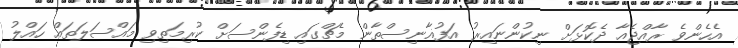
އެހެންވެ ރާއްޖެއާ ދެކޮޅަށް ނިކުންނައިރު އަފުޣާނިސްތާން މެޗްގައި ޑިފެންސަށް ކުރިމަތިވި މައްސަލަތައް ހައްލު